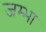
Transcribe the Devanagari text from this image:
जम्भा